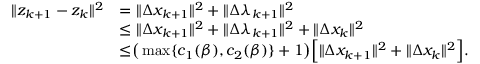
\begin{array} { r l } { \| z _ { k + 1 } - z _ { k } \| ^ { 2 } } & { = \| \Delta x _ { k + 1 } \| ^ { 2 } + \| \Delta \lambda _ { k + 1 } \| ^ { 2 } } \\ & { \leq \| \Delta x _ { k + 1 } \| ^ { 2 } + \| \Delta \lambda _ { k + 1 } \| ^ { 2 } + \| \Delta x _ { k } \| ^ { 2 } } \\ & { { \overset { } { \leq } } \big ( \operatorname* { m a x } \{ c _ { 1 } ( \beta ) , c _ { 2 } ( \beta ) \} + 1 \big ) \Big [ \| \Delta x _ { k + 1 } \| ^ { 2 } + \| \Delta x _ { k } \| ^ { 2 } \Big ] . } \end{array}